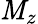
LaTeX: \mathit{M}_{z}